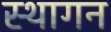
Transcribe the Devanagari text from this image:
स्थागन